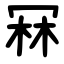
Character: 冧